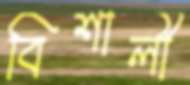
বিশালী